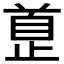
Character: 𱥅